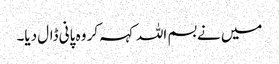
میں نے بسم اللہ کہہ کر وہ پانی ڈال دیا۔